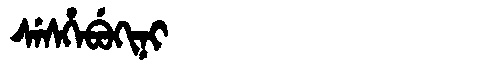
Manchu: ᠰᡝᠰᡥᡝᠪᡠᡴᡳᠨᡳ
Romanization: SESHEBUKINI